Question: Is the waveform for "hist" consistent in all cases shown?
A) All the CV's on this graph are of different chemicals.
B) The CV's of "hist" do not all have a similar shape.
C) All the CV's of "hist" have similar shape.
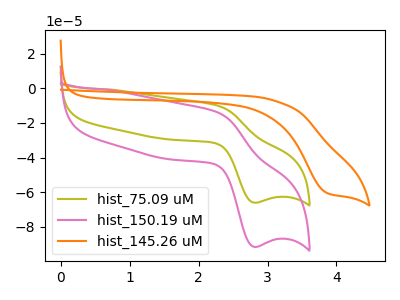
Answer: <think>The olive curve "hist_75.09 uM" has an anodic peak at (2.30V, -10.00uA) and a cathodic peak at (2.80V, -66.00uA). The pink curve "hist_150.19 uM" has an anodic peak at (2.30V, -13.85uA) and a cathodic peak at (2.80V, -91.50uA). The orange curve "hist_145.26 uM" has a cathodic peak at: (3.85V, -60.20uA).
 All the peaks in "hist_75.09 uM" have a peak in "hist_150.19 uM" at the same potential. "hist_75.09 uM" and "hist_145.26 uM" have a different number of peaks. "hist_150.19 uM" and "hist_145.26 uM" have a different number of peaks.</think>
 <answer>C) All the CV's of "hist" have similar shape.</answer>
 <eval>C</eval>